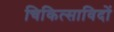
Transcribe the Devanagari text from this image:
चिकित्साविदों